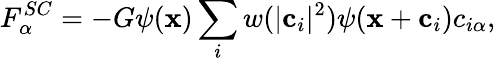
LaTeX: F_{\alpha}^{SC}=-G\psi(\mathbf{x})\sum_{i}w(|\mathbf{c}_{i}|^{2})\psi(\mathbf{x}+\mathbf{c}_{i})c_{i\alpha},